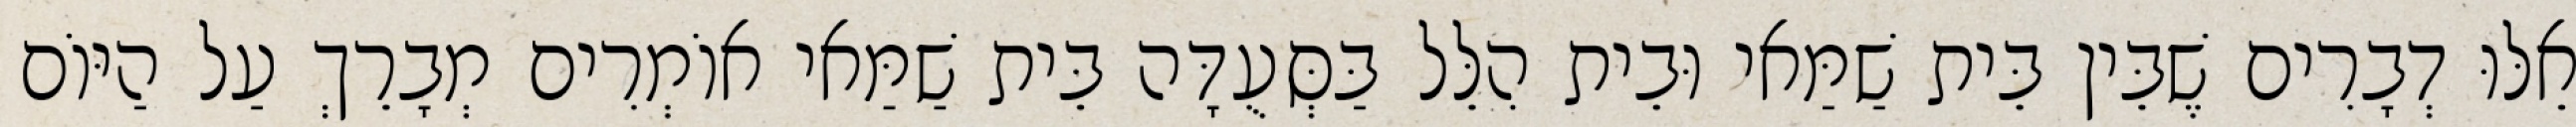
אֵלּוּ דְבָרִים שֶׁבֵּין בֵּית שַׁמַּאי וּבֵית הִלֵּל בַּסְּעֻדָּה בֵּית שַׁמַּאי אוֹמְרִים מְבָרֵךְ עַל הַיּוֹם